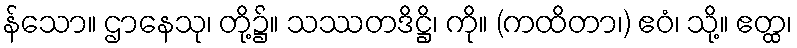
န်သော။ ဌာနေသု၊ တို့၌။ သဿတဒိဋ္ဌိ၊ ကို။ (ကထိတာ၊) ဧဝံ၊ သို့။ ဧတ္ထ၊